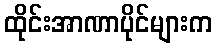
ထိုင်းအာဏာပိုင်များက